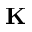
{ \bf K }